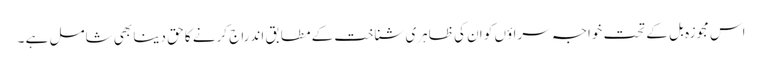
اس مجوزہ بل کے تحت خواجہ سراؤں کو ان کی ظاہری شناخت کے مطابق اندراج کرنے کا حق دینا بھی شامل ہے ۔